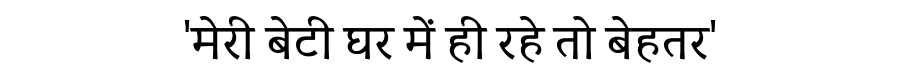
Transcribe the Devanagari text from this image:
'मेरी बेटी घर में ही रहे तो बेहतर'